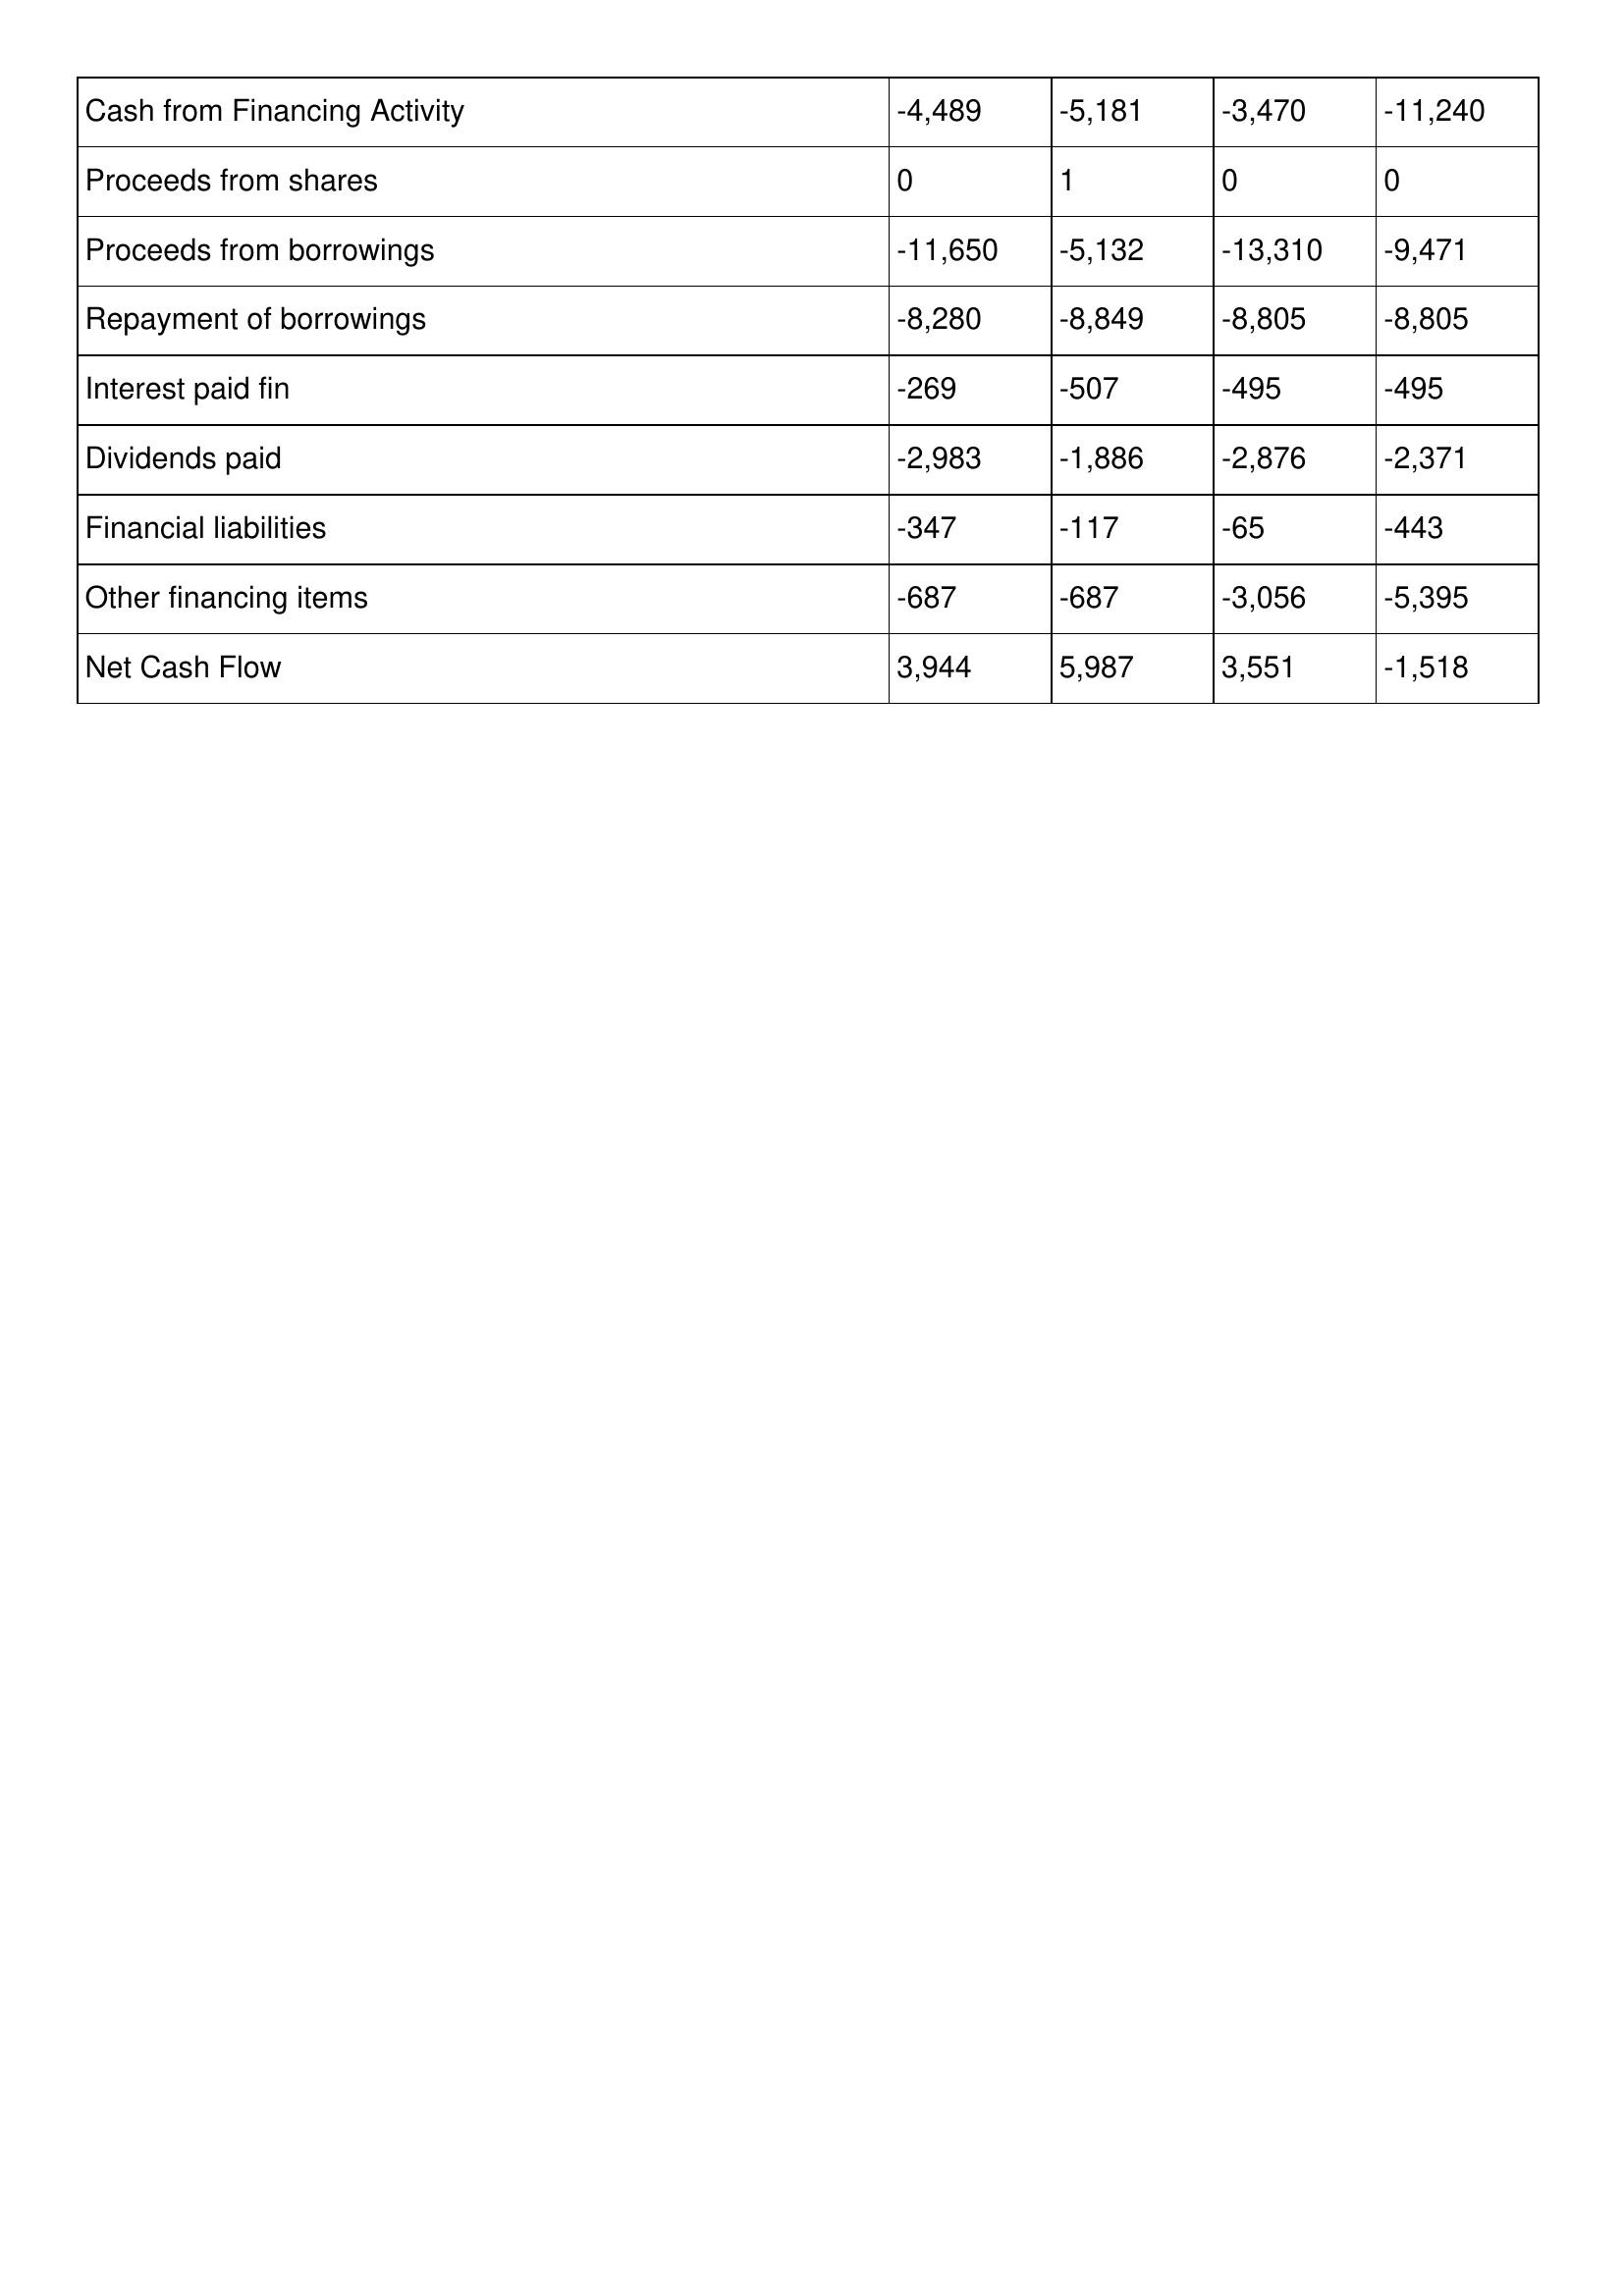
gt_parse: 2009: Cash Flows: Cash from Financing Activity: -4,489
Proceeds from shares: 0
Proceeds from borrowings: -11,650
Repayment of borrowings: -8,280
Interest paid fin: -269
Dividends paid: -2,983
Financial liabilities: -347
Other financing items: -687
Net Cash Flow: 3,944
2008: Cash Flows: Cash from Financing Activity: -5,181
Proceeds from shares: 1
Proceeds from borrowings: -5,132
Repayment of borrowings: -8,849
Interest paid fin: -507
Dividends paid: -1,886
Financial liabilities: -117
Other financing items: -687
Net Cash Flow: 5,987
2007: Cash Flows: Cash from Financing Activity: -3,470
Proceeds from shares: 0
Proceeds from borrowings: -13,310
Repayment of borrowings: -8,805
Interest paid fin: -495
Dividends paid: -2,876
Financial liabilities: -65
Other financing items: -3,056
Net Cash Flow: 3,551
2006: Cash Flows: Cash from Financing Activity: -11,240
Proceeds from shares: 0
Proceeds from borrowings: -9,471
Repayment of borrowings: -8,805
Interest paid fin: -495
Dividends paid: -2,371
Financial liabilities: -443
Other financing items: -5,395
Net Cash Flow: -1,518